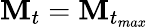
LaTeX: \boldsymbol{\mathbf{M}}_{t}=\boldsymbol{\mathbf{M}}_{t_{max}}